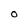
Character: O